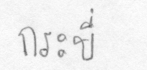
กระบี่